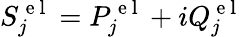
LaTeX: S_{j}^{\mathrm{~e~l~}}=P_{j}^{\mathrm{~e~l~}}+iQ_{j}^{\mathrm{~e~l~}}